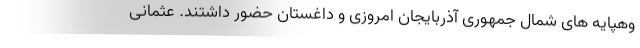
وهپایه های شمال جمهوری آذربایجان امروزی و داغستان حضور داشتند. عثمانی